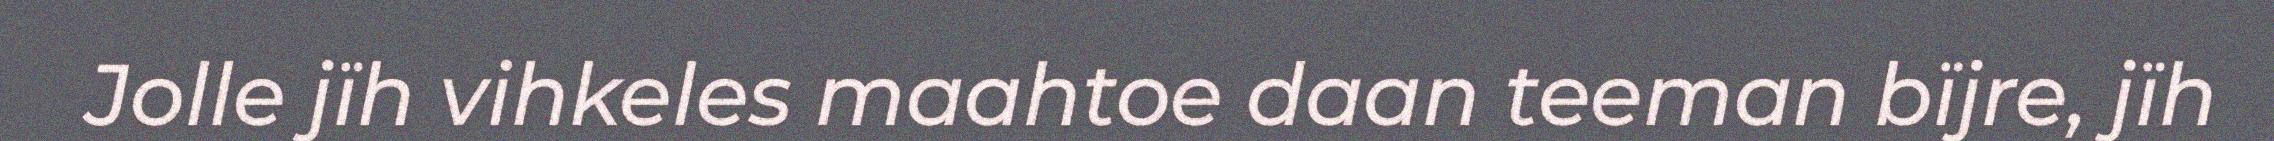
Jolle jïh vihkeles maahtoe daan teeman bïjre, jïh